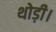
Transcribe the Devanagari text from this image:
थोड़ी।